Indian journal of veterinary science and animal husbandry - Volumes 26-27, 1956-1957
Year: 1956
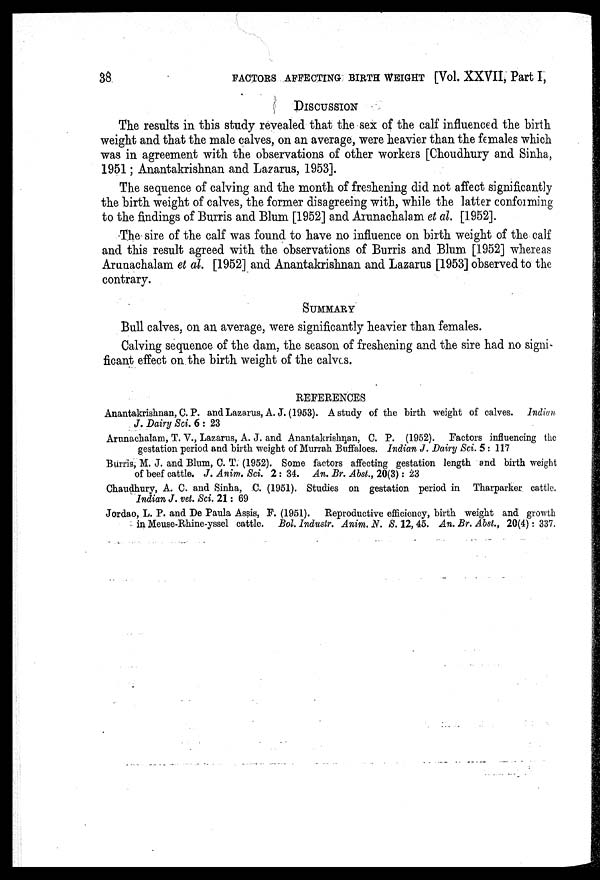
38
FACTORS AFFECTING BIRTH WEIGHT [Vol. XXVII, Part I,
DISCUSSION
The results in this study revealed that the sex of the calf influenced the birth
weight and that the male calves, on an average, were heavier than the females which
was in agreement with the observations of other workers [Choudhury and Sinha,
1951; Anantakrishnan and Lazarus, 1953].
The sequence of calving and the month of freshening did not affect significantly
the birth weight of calves, the former disagreeing with, while the latter conforming
to the findings of Burris and Blum [1952] and Arunachalam et al. [1952].
The sire of the calf was found to have no influence on birth weight of the calf
and this result agreed with the observations of Burris and Blum [1952] whereas
Arunachalam et al. [1952] and Anantakrishnan and Lazarus [1953] observed to the
contrary.
SUMMARY
Bull calves, on an average, were significantly heavier than females.
Calving sequence of the dam, the season of freshening and the sire had no signi-
ficant effect on the birth weight of the calves.
REFERENCES
Anantakrishnan, C. P. and Lazarus, A. J. (1953). A study of the birth weight of calves. Indian
J. Dairy Sci. 6 : 23
Arunachalam, T. V., Lazarus, A. J. and Anantakrishnan, C. P. (1952). Factors influencing the
gestation period and birth weight of Murrah Buffaloes. Indian J. Dairy Sci. 5 : 117
Burris, M. J. and Blum, C. T. (1952). Some factors affecting gestation length and birth weight
of beef cattle. J. Anim. Sci. 2 : 34. An. Br. Abst., 20(3): 23
Chaudhury, A. C. and Sinha, C. (1951). Studies on gestation period in Tharparker cattle.
Indian J. vet. Sci. 21: 69
Jordao, L. P. and De Paula Assis, F. (1951). Reproductive efficiency, birth weight and growth
in Meuse-Rhine-yssel cattle. Bol. Industr. Anim. N. S. 12, 45. An. Br. Abst., 20(4): 337.